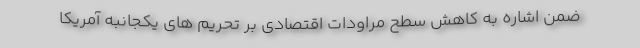
ضمن اشاره به کاهش سطح مراودات اقتصادی بر تحریم های یکجانبه آمریکا